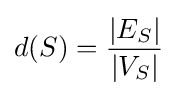
d(S)={|E_{S}| \over |V_{S}|}